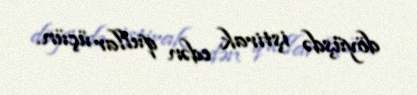
döyüşdə iştirak edən qullar üçün.